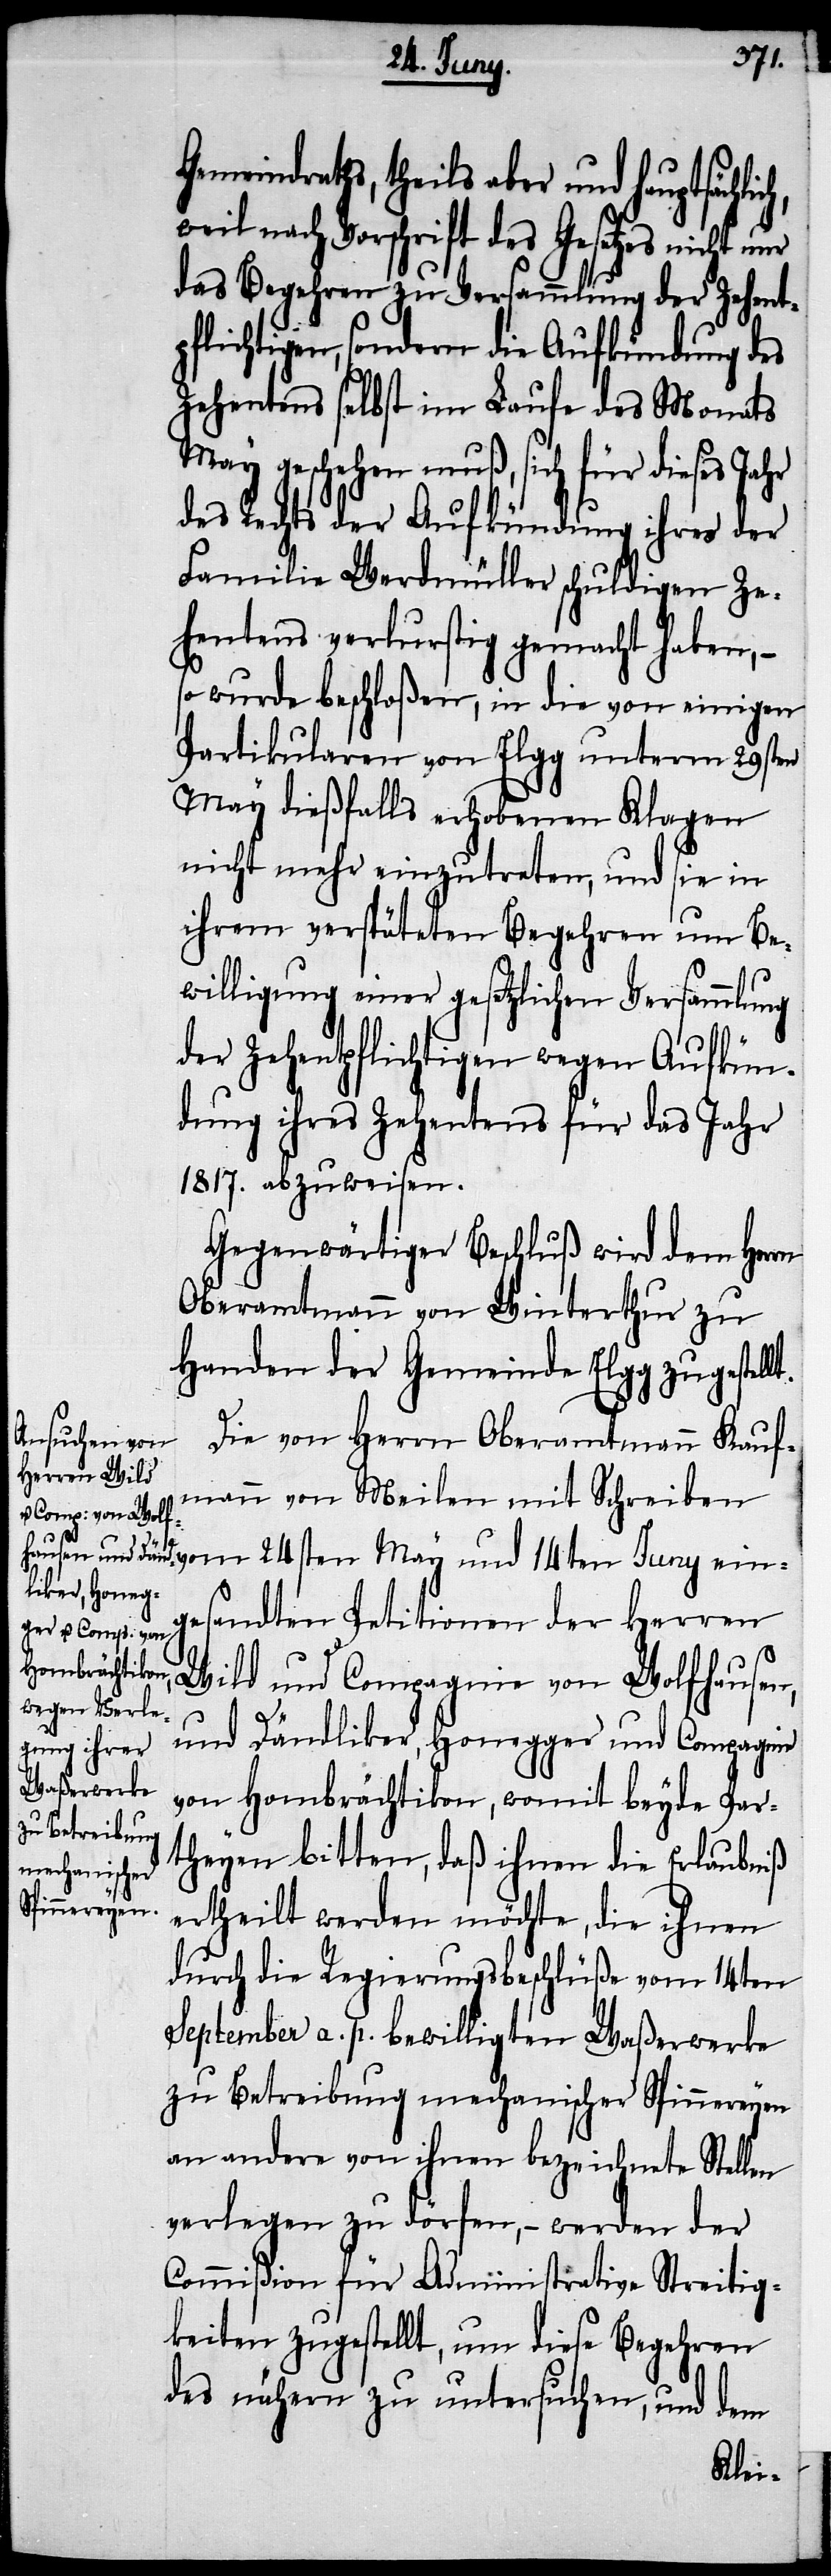
Gemeindraths, theils aber und hauptsächli¬
weil nach Vorschrift des Gesetzes nicht
das Begehren zu Versammlung der Zehent¬
pflichtigen, sondern die Aufkündung des
Zehentens selbst im Laufe des Monats
May geschehen muß, sich für dieses Jahr
des Rechts der Aufkündung ihres der
Familie Werdmüller schuldigen Ze¬
hentens verlurstig gemacht haben, –
so wurde beschloßen, in die von einigen
Partikularen von Elgg unterm 29sten
May dießfalls erhobenen Klagen
nicht mehr einzutreten, und sie in
ihrem verspäteten Begehren um Be¬
willigung einer gesetzlichen Versammlung
der Zehentpflichtigen wegen Aufkün¬
dung ihres Zehentens für das Jahr
1817. abzuweisen.
Gegenwärtiger Beschluß wird dem Herrn
Oberamtmann von Winterthur zu
Handen der Gemeinde Elgg zugestell¬
Die von Herrn Oberamtmann Kauf¬
mann von Meilen mit Schreiben
t.
gesandten Petitionen der Herren
Wild und Compagnie von Wolfhausen,
und Dändliker, Honegger und Compagnie
von Hombrächtikon, womit beyde Par¬
theyen bitten, daß ihnen die Erlaubniß
ertheilt werden möchte, die ihnen
durch die Regierungsbeschlüße vom 14ten
September a. p. bewilligten Waßerwerke
zu Betreibung mechanischer Spinnereyen
an andere von ihnen bezeichnete Stellen
verlegen zu dörfen, – werden der
Commißion für Administrative Streitig¬
keiten zugestellt, um diese Begehren
des nähern zu untersuchen, und dem
ein¬